Investigations into the jail dietaries of the United Provinces with some observations on the influence of dietary on the physical development and well-being of the people of the United Provinces - Number 48
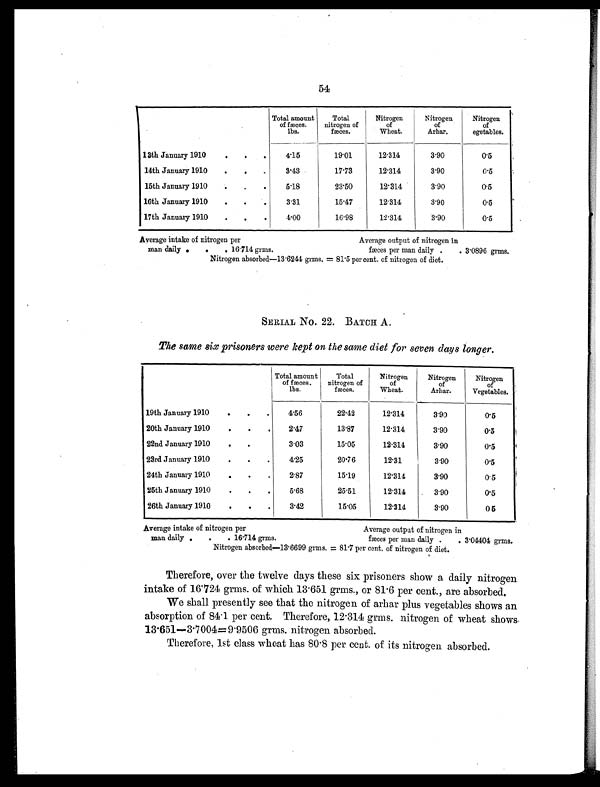
54
Total amount
of fæces.
lbs.
Total
nitrogen of
fæces.
Nitrogen
of
Wheat.
Nitrogen
of
Arhar.
Nitrogen
of
egetables.
13th January 1910
.
.
.
4.15
19.01
12.314
3.90
0.5
14th January 1910
.
.
.
3.43
17.73
12.314
3.90
0.5
15th January 1910
.
.
.
5.18
23.50
12.314
3.90
0.5
16th January 1910
.
.
.
3.31
15.47
12.314
3.90
0.5
17th January 1910
.
.
.
4.00
16.98
12.314
3.90
0.5
Average intake of nitrogen per
Average output of nitrogen in
man daily .
.
. 16.714 grms.
fæces per man daily .
. 3.0896 grms.
Nitrogen absorbed—13.6244 grms. = 81.5 per cent. of nitrogen of diet.
SERIAL No. 22. BATCH A.
The same six prisoners were kept on the same diet for seven days longer.
Total amount
of fæces.
lbs.
Total
nitrogen of
fæces.
Nitrogen
of
Wheat.
Nitrogen
of
Arhar.
Nitrogen
of
Vegetables.
19th January 1910
.
.
.
4.56
22.42
12.314
3.90
0.5
20th January 1910
.
.
.
2.47
13.87
12.314
3.90
0.5
22nd January 1910
.
.
.
3.03
15.05
12.314
3.90
0.5
23rd January 1910
.
.
.
4.25
20.76
12.31
3.90
0.5
24th January 1910
.
.
.
2.87
15.19
12.314
3.90
0.5
25th January 1910
.
.
.
5.68
25.51
12.314
3.90
0.5
26th January 1910
.
.
.
3.42
15.05
12.314
3.90
0 5
Average intake of nitrogen per
Average output of nitrogen in
man daily .
.
. 16.714 grms.
fæces per man daily .
. 3.04404 grms.
Nitrogen absorbed—13.6699 grms. = 81.7 per cent. of nitrogen of diet.
Therefore, over the twelve days these six prisoners show a daily nitrogen
intake of 16.724 grms. of which 13.651 grms., or 81.6 per cent., are absorbed.
We shall presently see that the nitrogen of arhar plus vegetables shows an
absorption of 84.1 per cent. Therefore, 12.314 grms. nitrogen of wheat shows
13.651—3.7004=9.9506 grms. nitrogen absorbed.
Therefore, 1st class wheat has 80.8 per cent. of its nitrogen absorbed.